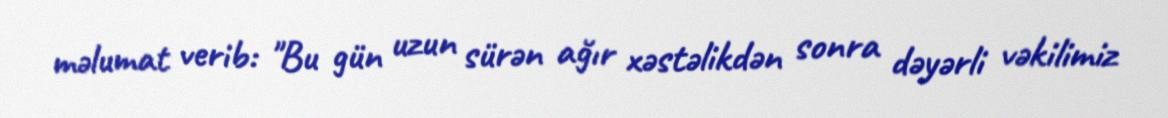
məlumat verib: "Bu gün uzun sürən ağır xəstəlikdən sonra dəyərli vəkilimiz